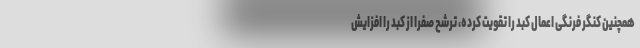
همچنین کنگر فرنگی اعمال کبد را تقویت کرده، ترشح صفرا از کبد را افزایش